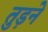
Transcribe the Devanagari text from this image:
तुड़ने